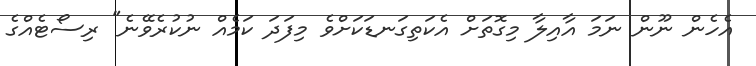
އެހެން ނޫން ނަމަ އާއިލާ މިގޮތަށް އެކަތިގަނޑަކަށްވެ މިފަދަ ކަމެއް ނުކުރެވޭނެ" ރިސޯޓެއްގެ